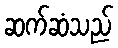
ဆက်ဆံသည်